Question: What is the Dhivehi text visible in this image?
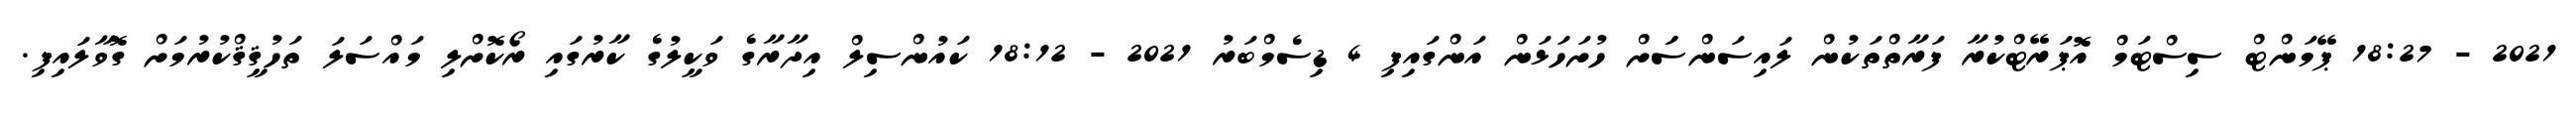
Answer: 2021 - 18:27 ޕޭމަންޓް ސިސްޓަމް އޮޕަރޭޓްކުރާ ފަރާތްތަކުން ލައިސަންސަަށް ހުށަހަޅަން އަންގައިފި 4 ޑިސެމްބަރު 2021 - 18:12 ކައުންސިލް އިދާރާގެ ވަކީލުގެ ކާރުގައި ރޯކޮށްލި މައްސަލަ ތަހުޤީޤްކުރުމަށް ގޮވާލައިފި.